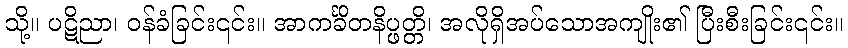
သို့။ ပဋိညာ၊ ဝန်ခံခြင်း၎င်း။ အာကင်္ခိတနိပ္ဖတ္တိ၊ အလိုရှိအပ်သောအကျိုး၏ ပြီးစီးခြင်း၎င်း။